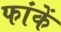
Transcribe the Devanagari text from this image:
फांकें